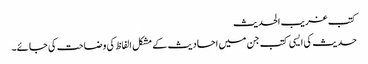
کتب غریب الحدیث
حدیث کی ایسی کتب جن میں احادیث کے مشکل الفاظ کی وضاحت کی جائے۔